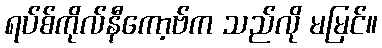
ရပ်စ်ကိုလ်နီကော့ဗ်က သည်လို မမြင်။